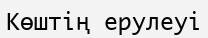
Көштің ерулеуі